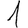
Digit: 1